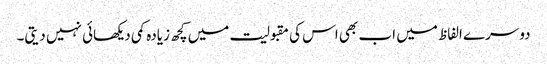
دوسرے الفاظ میں اب بھی اس کی مقبولیت میں کچھ زیادہ کمی دیکھائی نہیں دیتی۔